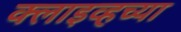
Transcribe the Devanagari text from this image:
क्लाइव्हच्या